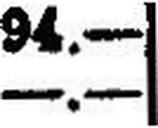
—.—